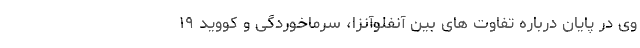
وی در پایان درباره تفاوت های بین آنفلوآنزا، سرماخوردگی و کووید ۱۹